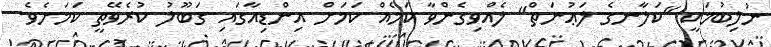
ނުލިބުމަކީ "ކަލާނގެ ލަޢުނަތް" ލެއްވިގެންވާ ކަމެއް ކަމަށް އިންޑިއާގައި ގަބޫލު ކުރެވޭތީ ކަމަށެވެ.